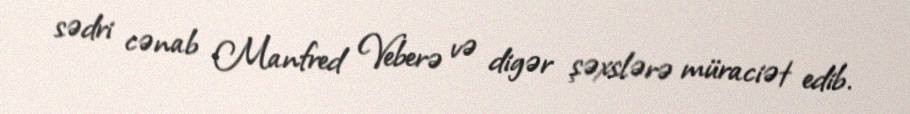
sədri cənab Manfred Veberə və digər şəxslərə müraciət edib.